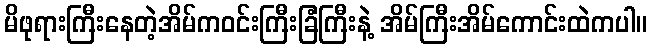
မိဖုရားကြီးနေတဲ့အိမ်ကဝင်းကြီးခြံကြီးနဲ့ အိမ်ကြီးအိမ်ကောင်းထဲကပါ။